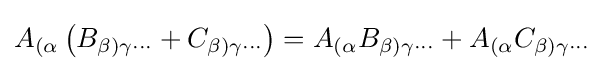
A_{(\alpha }\left(B_{\beta )\gamma \cdots }+C_{\beta )\gamma \cdots }\right)=A_{(\alpha }B_{\beta )\gamma \cdots }+A_{(\alpha }C_{\beta )\gamma \cdots }